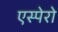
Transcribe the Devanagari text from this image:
एस्पेरो